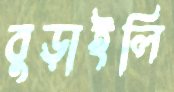
বুড়াইলি